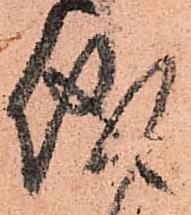
儀